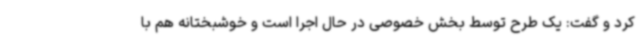
کرد و گفت: یک طرح توسط بخش خصوصی در حال اجرا است و خوشبختانه هم با